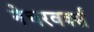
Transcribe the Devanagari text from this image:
नेचरवर्क्स